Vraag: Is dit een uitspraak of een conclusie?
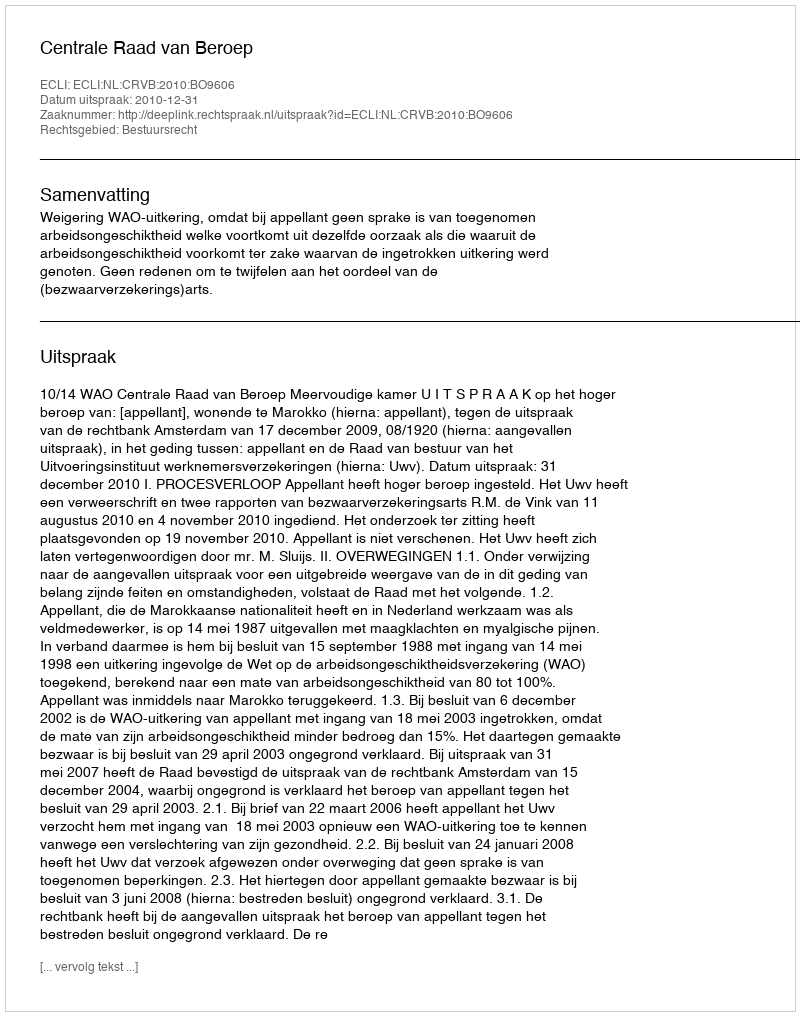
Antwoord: Uitspraak